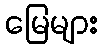
မြေများ